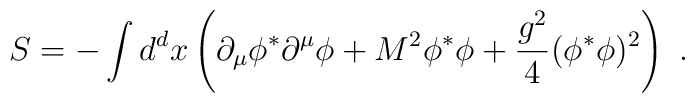
S = -\int d^dx \left(\partial_\mu \phi^* \partial^\mu \phi + M^2 \phi^*\phi + \frac{g^2}{4} (\phi^* \phi)^2 \right)\ .